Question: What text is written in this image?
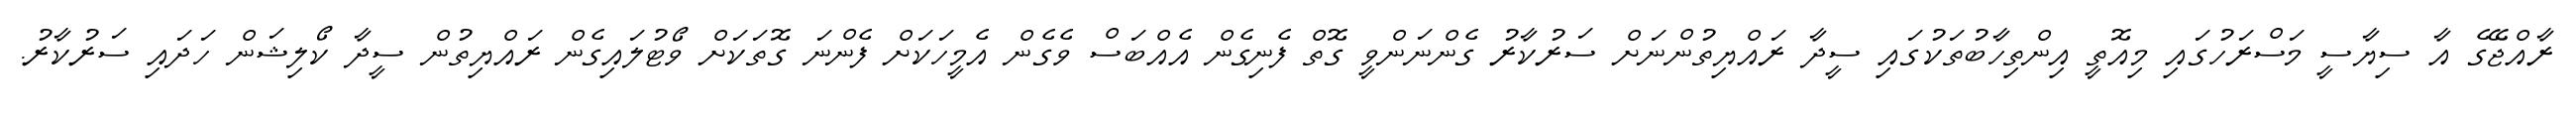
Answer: ރާއްޖޭގެ އާ ސިޔާސީ މަސްރަހުގައި މިއޮތީ އިންތިހާބުތަކުގައި ސީދާ ރައްޔިތުންނަށް ސަރުކާރު ގެންނަންވީ ގޮތް ފެނިގެން އެއްބަސް ވެގެން އެމީހަކަށް ފެންނަ ގޮތަކަށް ވޯޓުލައިގެން ރައްޔިތުން ސީދާ ކޯލިޝަން ހަދައި ސަރުކާރު.